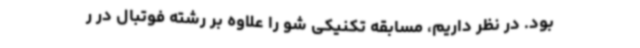
بود. در نظر داریم، مسابقه تکنیکی ‌شو را علاوه بر رشته فوتبال در ر